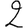
Digit: 2